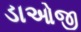
ડાઓજી